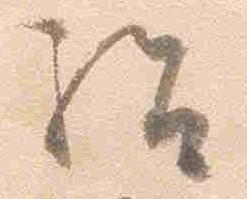
給